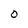
Character: O